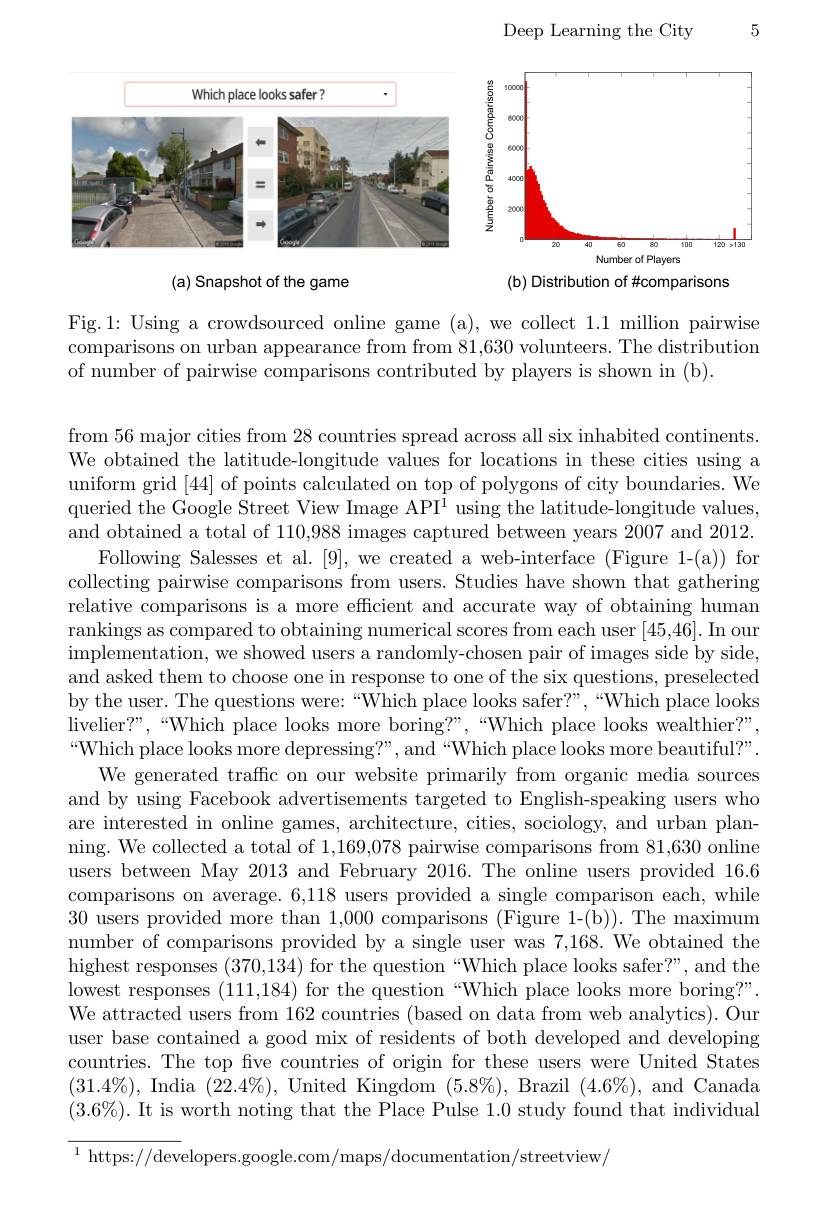
5

Deep Learning the City

<FigureHere>

(a) Snapshot of the game
(b) Distribution of #comparisons

Fig.1: Using a crowdsourced online game (a), we collect 1.1 million pairwise comparisons on urban appearance from from 81,630 volunteers. The distribution of number of pairwise comparisons contributed by players is shown in (b).

from 56 major cities from 28 countries spread across all six inhabited continents. We obtained the latitude-longitude values for locations in these cities using a uniform grid [44] of points calculated on top of polygons of city boundaries. We queried the Google Street View Image API$^1$ using the latitude-longitude values, and obtained a total of 110,988 images captured between years 2007 and 2012.
Following Salesses et al. [9], we created a web-interface (Figure 1-(a)) for collecting pairwise comparisons from users. Studies have shown that gathering relative comparisons is a more efficient and accurate way of obtaining human rankings as compared to obtaining numerical scores from each user [45,46]. In our implementation, we showed users a randomly- chosen pair of images side by side, and asked them to choose one in response to one of the six questions, preselected by the user. The questions were:“Which place looks safer?”,“Which place looks livelier?",“Which place looks more boring?”,“Which place looks wealthier?”, $“$Which place looks more depressing?”, and“Which place looks more beautiful?”.
We generated traffc on our website primarily from organic media sources and by using Facebook advertisements targeted to English-speaking users who are interested in online games, architecture, cities, sociology, and urban planning. We collected a total of 1,169,078 pairwise comparisons from 81,630 online users between May 2013 and February 2016. The online users provided 16.6 comparisons on average. 6,118 users provided a single comparison each, while 30 users provided more than 1,000 comparisons (Figure 1-(b)).The maximum number of comparisons provided by a single user was 7,168. We obtained the highest responses (370,134) for the question“ Which place looks safer? ” , and the lowest responses (111,184) for the question “Which place looks more boring?”. We attracted users from 162 countries (based on data from web analytics). Our user base contained a good mix of residents of both developed and developing countries. The top five countries of origin for these users were United States $(31.4\%)$, India $(22.4\%)$, United Kingdom $(5.8\%)$, Brazil $(4.6\%)$, and Canada $(3.6\%).$ It is worth noting that the Place Pulse 1.0 study found that individual

$^{1}$ https://developers.google.com/maps/documentation/streetview/